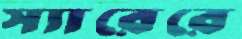
স্যারেরে